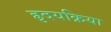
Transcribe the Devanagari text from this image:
ह्रृदयक्रिया